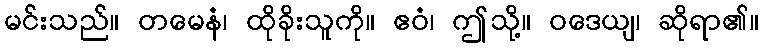
မင်းသည်။ တမေနံ၊ ထိုခိုးသူကို။ ဧဝံ၊ ဤသို့။ ဝဒေယျ၊ ဆိုရာ၏။